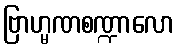
ဗြာဟ္မဏစဏ္ဍာလော